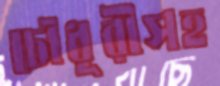
চৌধূরীসহ